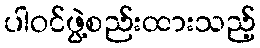
ပါဝင်ဖွဲ့စည်းထားသည့်